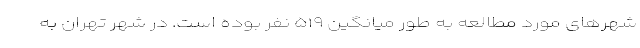
شهرهای مورد مطالعه به طور میانگین ۵۱۹ نفر بوده است. در شهر تهران به